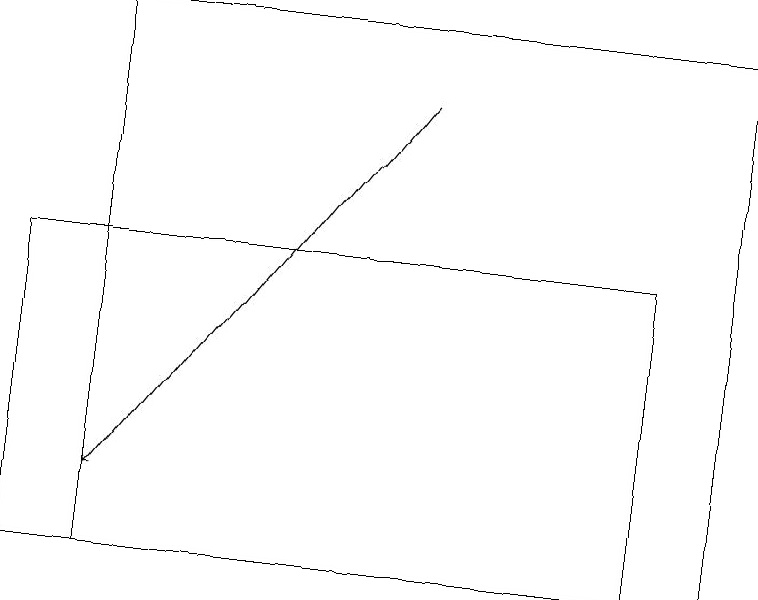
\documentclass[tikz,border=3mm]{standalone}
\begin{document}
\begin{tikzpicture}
\draw (1,19) rectangle (9,12);
\draw (0,12) rectangle (8,16);
\draw[->] (5,18) -- (1,13);
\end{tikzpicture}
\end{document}